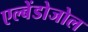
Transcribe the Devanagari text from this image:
एल्बेंडोजोल